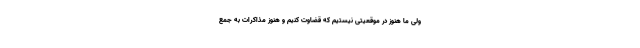
ولی ما هنوز در موقعیتی نیستیم که قضاوت کنیم و هنوز مذاکرات به جمع